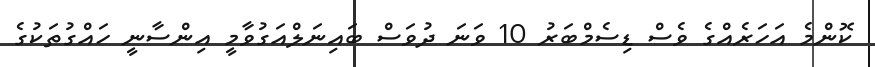
ކޮންމެ އަހަރެއްގެ ވެސް ޑިސެމްބަރު 10 ވަނަ ދުވަސް ބައިނަލްއަގުވާމީ އިންސާނީ ހައްގުތަކުގެ